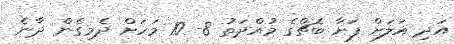
އަދި އަލަށް ފަށާ ބެޗްގެ މުއްދަތު 8- 10 މަހަށް ދެމިގެން ދާނެ